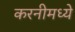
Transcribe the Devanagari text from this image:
करनीमध्ये